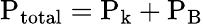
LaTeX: \mathrm{P_{total}=P_{k}+P_{B}}